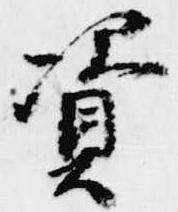
資